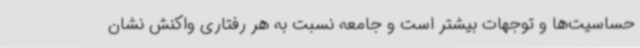
حساسیت‌ها و توجهات بیشتر است و جامعه نسبت به هر رفتاری واکنش نشان